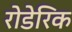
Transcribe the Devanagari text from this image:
रोडेरिक